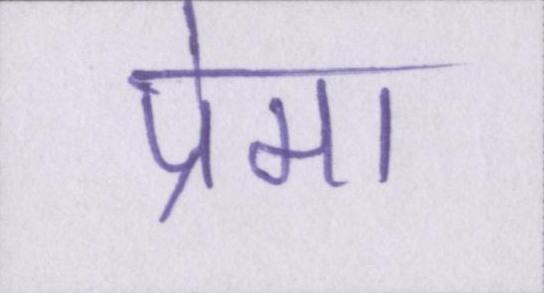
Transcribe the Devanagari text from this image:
प्रेमा